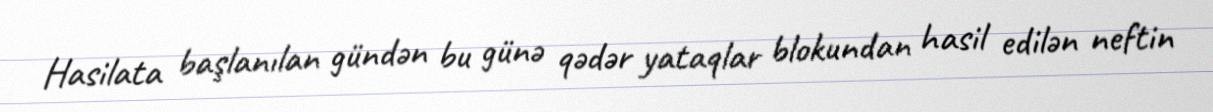
Hasilata başlanılan gündən bu günə qədər yataqlar blokundan hasil edilən neftin